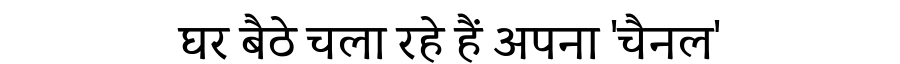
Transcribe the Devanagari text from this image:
घर बैठे चला रहे हैं अपना 'चैनल'